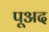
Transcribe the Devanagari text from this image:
पूअद